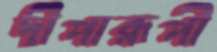
দীপারূপী